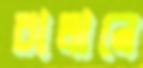
চালানে